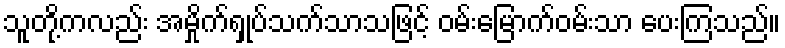
သူတို့ကလည်း အမှိုက်ရှုပ်သက်သာသဖြင့် ဝမ်းမြောက်ဝမ်းသာ ပေးကြသည်။